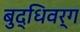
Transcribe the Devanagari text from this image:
बुद्धिवर्ग